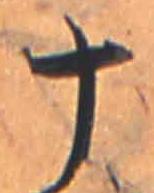
十